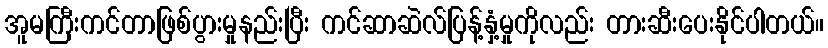
အူမကြီးကင်တာဖြစ်ပွားမှုနည်းပြီး ကင်ဆာဆဲလ်ပြန့်နှံ့မှုကိုလည်း တားဆီးပေးနိုင်ပါတယ်။